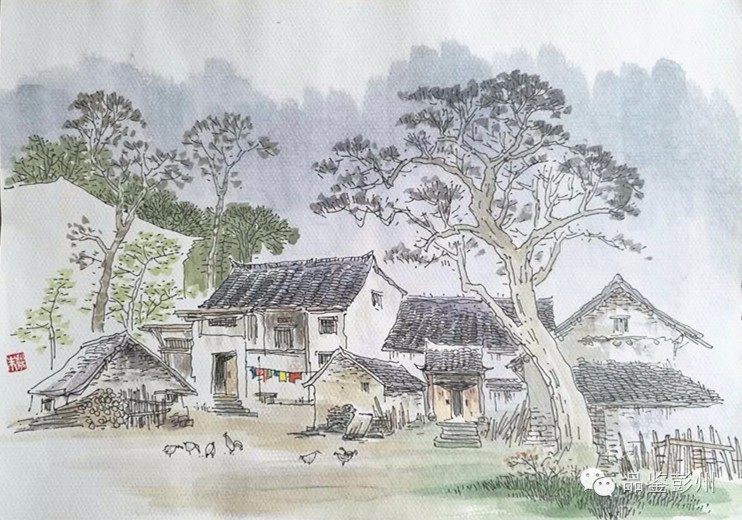
袛应瘴乡老，难答故人情。